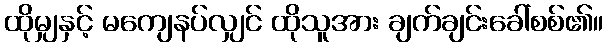
ထိုမျှနှင့် မကျေနပ်လျှင် ထိုသူအား ချက်ချင်းခေါ်စစ်၏။